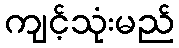
ကျင့်သုံးမည်